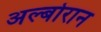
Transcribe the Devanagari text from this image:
अल्बोरान